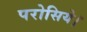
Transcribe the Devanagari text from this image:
परोसिये।